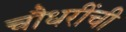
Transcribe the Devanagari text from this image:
चौधरींची